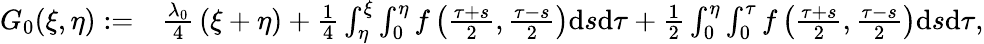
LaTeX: \begin{array}{rl}{G_{0}(\xi,\eta):=}&{{\frac{\lambda_{0}}{4}}\left(\xi+\eta\right)+\frac{1}{4}\int_{\eta}^{\xi}\int_{0}^{\eta}f\left(\frac{\tau+s}{2},\frac{\tau-s}{2}\right)\mathrm{d}s\mathrm{d}\tau+\frac{1}{2}\int_{0}^{\eta}\int_{0}^{\tau}f\left(\frac{\tau+s}{2},\frac{\tau-s}{2}\right)\mathrm{d}s\mathrm{d}\tau,}\end{array}